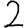
Digit: 2